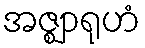
အဇ္ဈာရုဟံ